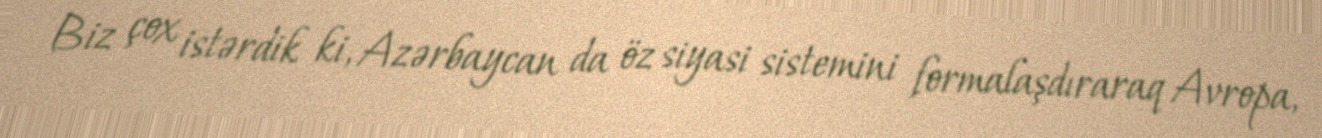
Biz çox istərdik ki, Azərbaycan da öz siyasi sistemini formalaşdıraraq Avropa,